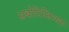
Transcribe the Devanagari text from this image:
अबोरिजिनल